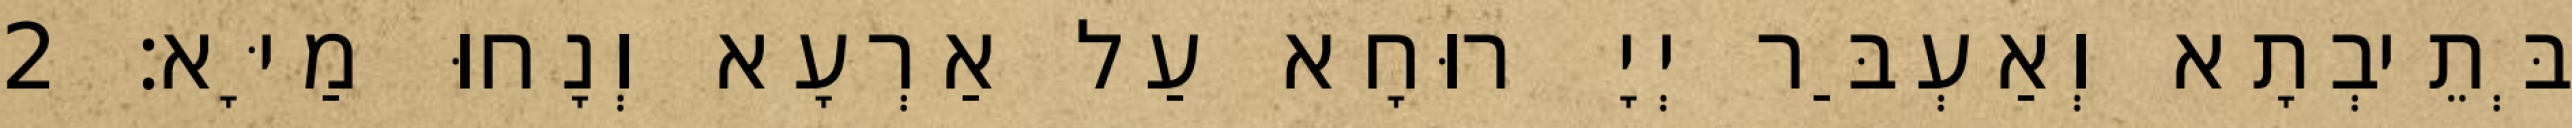
בְּתֵיבְתָא וְאַעְבַּר יְיָ רוּחָא עַל אַרְעָא וְנָחוּ מַיָּא׃ 2